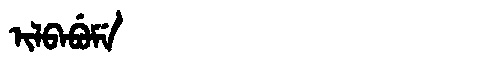
Manchu: ᡳᠯᠪᠠᠪᡠᠮᡝ
Romanization: ILBABUME